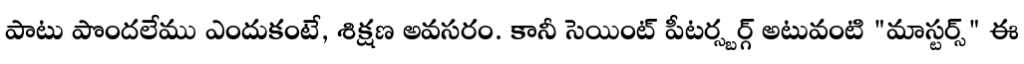
పాటు పొందలేము ఎందుకంటే, శిక్షణ అవసరం. కానీ సెయింట్ పీటర్స్బర్గ్ అటువంటి "మాస్టర్స్" ఈ